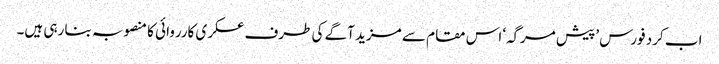
اب کرد فورس ’پیش مرگہ‘ اس مقام سے مزید آگے کی طرف عسکری کارروائی کا منصوبہ بنا رہی ہیں۔